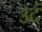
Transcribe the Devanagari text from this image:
उदं